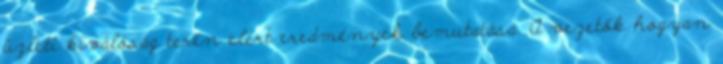
üzleti kiválóság terén elért eredmények bemutatása. A vezetők hogyan